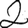
Digit: 2